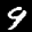
Label: 9